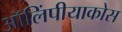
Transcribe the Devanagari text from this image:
ऑलिंपीयाकोस